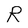
Character: R